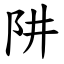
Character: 阱